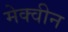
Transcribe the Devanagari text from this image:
मेक्वीन